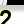
Digit: 2